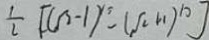
\frac { 1 } { 2 } [ ( \sqrt { 2 } - 1 ) ^ { 2 } - ( \sqrt { 2 } + 1 ) ^ { 1 0 } ]